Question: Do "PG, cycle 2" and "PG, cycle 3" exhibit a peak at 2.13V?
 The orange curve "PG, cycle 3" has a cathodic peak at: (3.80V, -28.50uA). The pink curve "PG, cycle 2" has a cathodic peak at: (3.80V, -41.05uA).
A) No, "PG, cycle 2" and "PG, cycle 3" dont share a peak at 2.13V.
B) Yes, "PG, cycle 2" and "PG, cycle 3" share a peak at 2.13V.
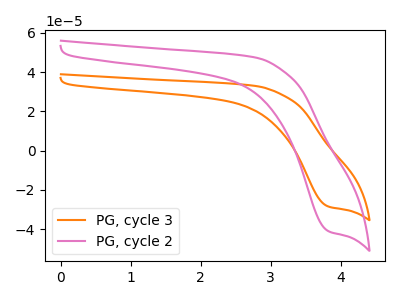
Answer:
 <answer>A) No, "PG, cycle 2" and "PG, cycle 3" dont share a peak at 2.13V.</answer>
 <eval>A</eval>